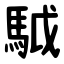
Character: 䮅